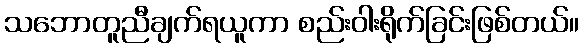
သဘောတူညီချက်ရယူကာ စည်းဝါးရိုက်ခြင်းဖြစ်တယ်။